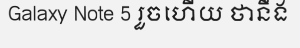
Galaxy Note 5 រួចហើយ ថានឹង